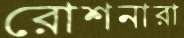
রোশনারা